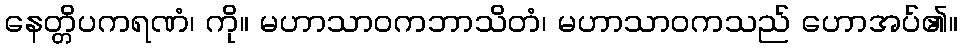
နေတ္တိပကရဏံ၊ ကို။ မဟာသာဝကဘာသိတံ၊ မဟာသာဝကသည် ဟောအပ်၏။